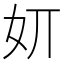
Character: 㚦